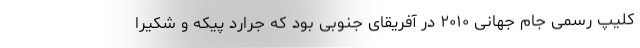
کلیپ رسمی جام جهانی ۲۰۱۰ در آفریقای جنوبی بود که جرارد پیکه و شکیرا